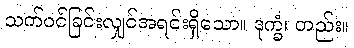
သက်ဝင်ခြင်းလျှင်အရင်းရှိသော။ ဒုက္ခံ၊ တည်း။